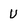
Character: U